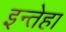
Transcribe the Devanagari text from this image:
इन्तेहा